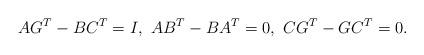
LaTeX: \begin{align*}AG^T - BC^T = I, \,\,AB^T-BA^T=0, \,\,CG^T-GC^T=0. \end{align*}